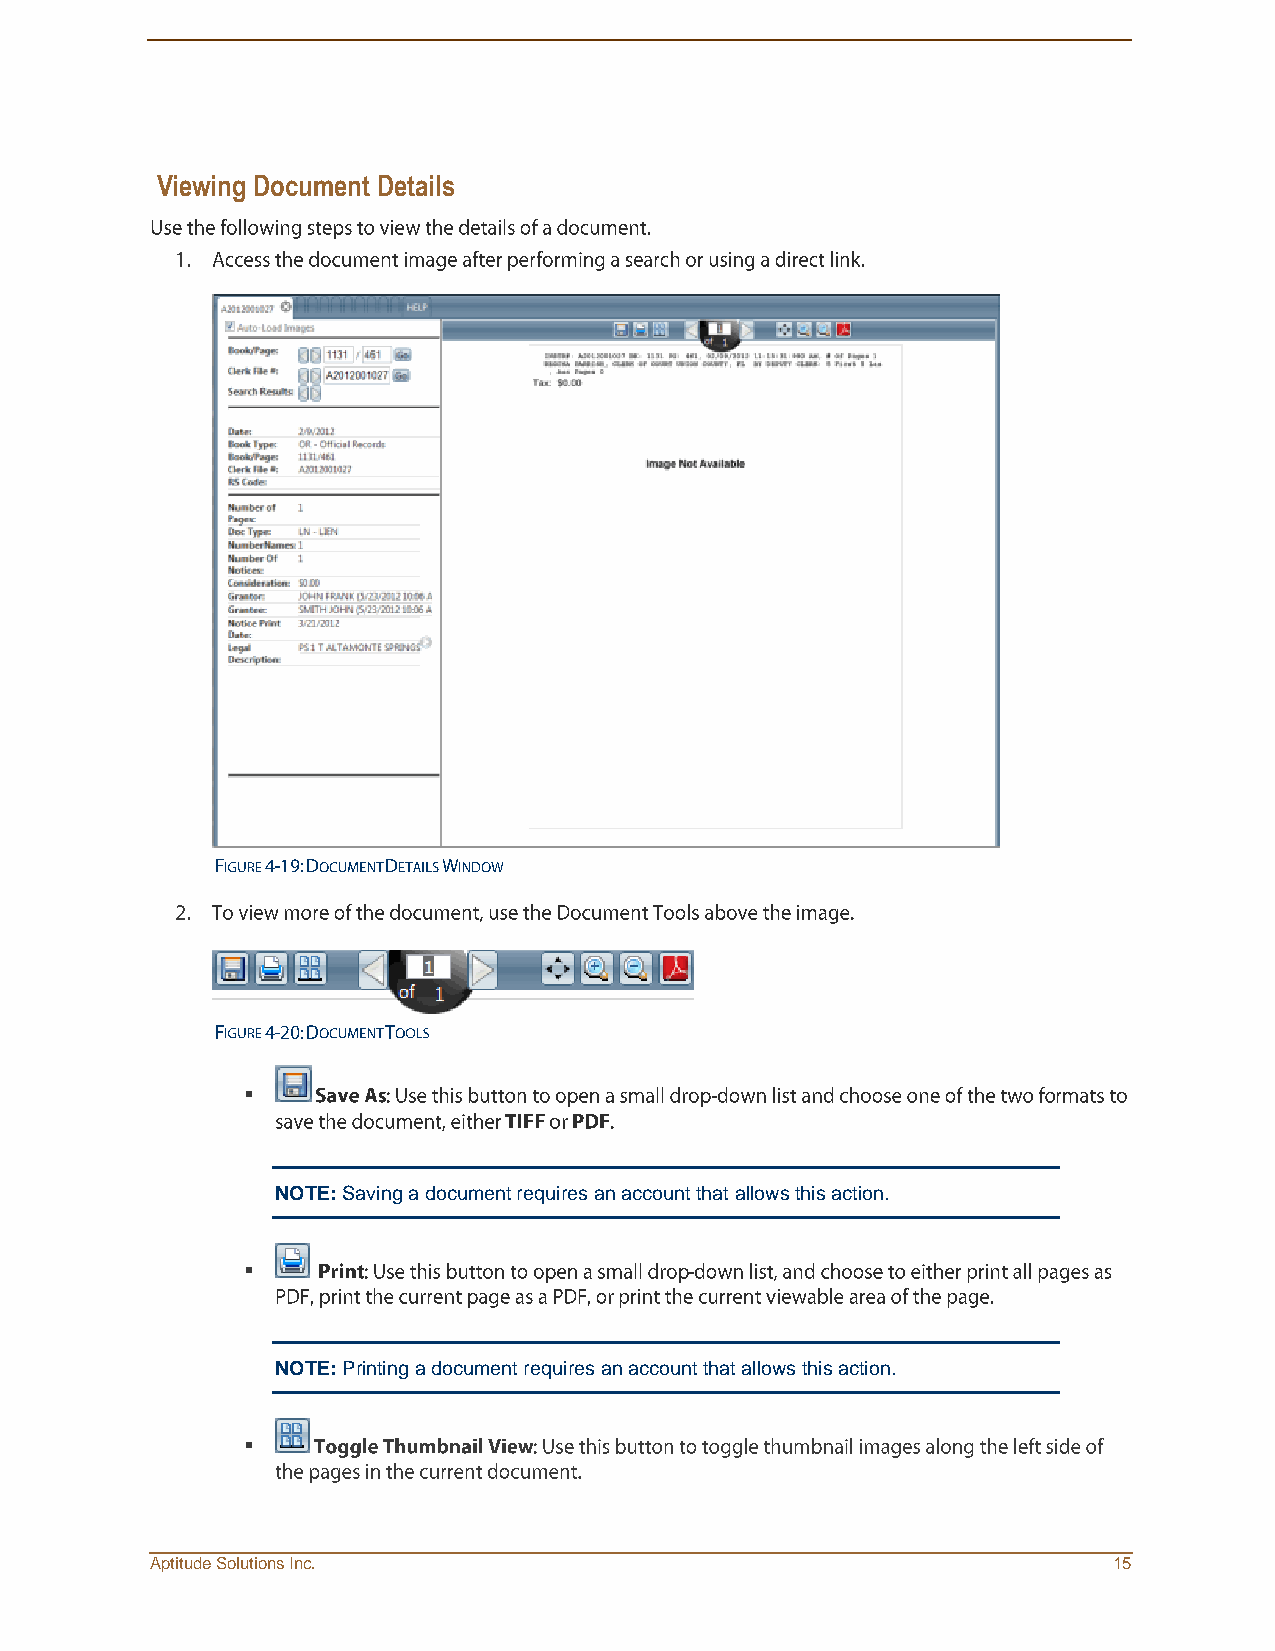
Viewing Document Details
 
 NOTE: Saving a document requires an account that allows this action.
 
 NOTE: Printing a document requires an account that allows this action.
 
 Aptitude Solutions Inc.                                         15